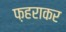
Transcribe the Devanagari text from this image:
फ़हराकर